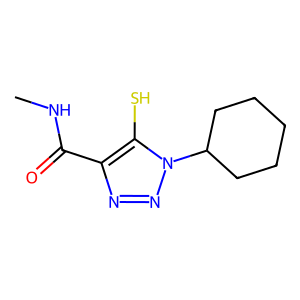
SMILES: CNC(=O)c1nnn(C2CCCCC2)c1S
Inhibits HIV replication: No